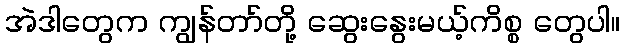
အဲဒါတွေက ကျွန်တာ်တို့ ဆွေးနွေးမယ့်ကိစ္စ တွေပါ။